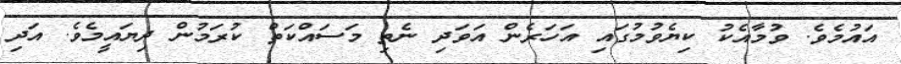
އައުމެވެ. ވުމާއެކު ކިޔެވުމުގައި އަހަރެން އަވަދި ނެތި މަސައްކަތް ކުރަމުން ދިޔައީމެވެ. އަދި